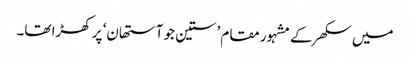
میں سکھر کے مشہور مقام ’ستین جو آستھان‘ پر کھڑا تھا۔